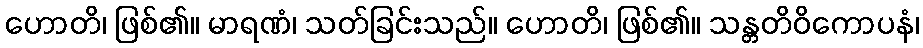
ဟောတိ၊ ဖြစ်၏။ မာရဏံ၊ သတ်ခြင်းသည်။ ဟောတိ၊ ဖြစ်၏။ သန္တတိဝိကောပနံ၊